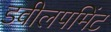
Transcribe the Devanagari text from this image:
डवीलपमिंट